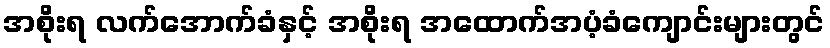
အစိုးရ လက်အောက်ခံနှင့် အစိုးရ အထောက်အပံ့ခံကျောင်းများတွင်